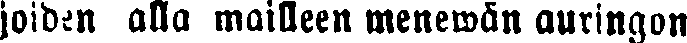
joiden alla mailleen menevän auringon